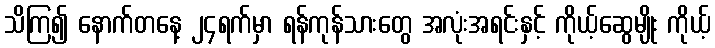
သိကြ၍ နောက်တနေ့ ၂၄ရက်မှာ ရန်ကုန်သားတွေ အလုံးအရင်းနှင့် ကိုယ့်ဆွေမျိုး ကိုယ့်